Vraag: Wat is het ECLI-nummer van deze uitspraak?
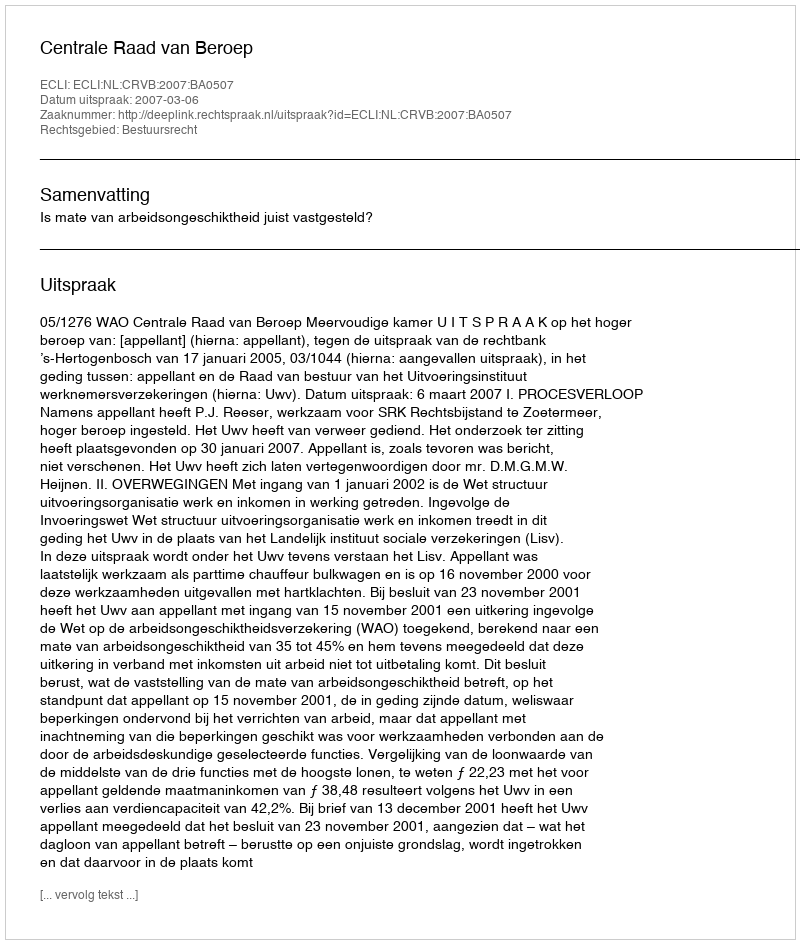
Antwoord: ECLI:NL:CRVB:2007:BA0507